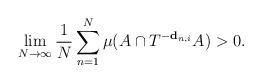
LaTeX: \begin{align*} \lim_{N \rightarrow \infty} \frac{1}{N} \sum_{n=1}^N \mu(A \cap T^{-\bold{d}_{n,i}} A) > 0. \end{align*}